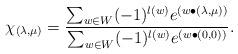
LaTeX: \begin{align*} \chi_{(\lambda,\mu)}= \frac{ \sum_{w\in W}(-1)^{l(w)} e^{(w\bullet(\lambda,\mu))} } { \sum_{w\in W}(-1)^{l(w)}e^{(w\bullet (0,0))} }.\end{align*}